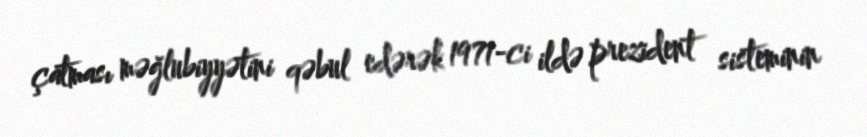
çatması məğlubiyyətini qəbul edərək 1971-ci ildə prezident sisteminin